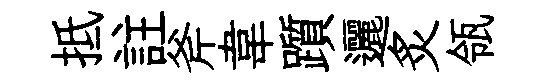
抵註斧韋躓邐炙瓴